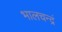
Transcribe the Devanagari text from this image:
भालचन्द्रं